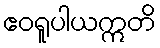
ဧဝရူပါယဣတိ